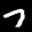
Label: 7